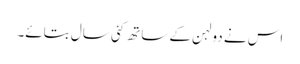
اس نے دولہن کے ساتھ کئی سال بتائے۔